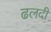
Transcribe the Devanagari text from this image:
ढलदी